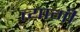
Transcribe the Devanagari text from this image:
त्‍यागी